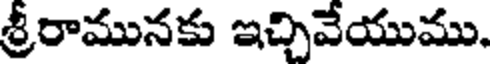
శ్రీరామునకు ఇచ్చివేయుము.